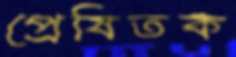
প্রেষিতক